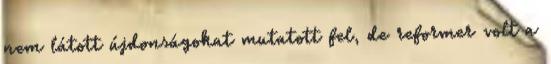
nem látott újdonságokat mutatott fel, de reformer volt a